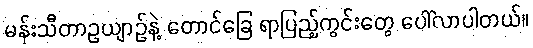
မန်းသီတာဥယျာဉ်နဲ့ တောင်ခြေ ရာပြည့်ကွင်းတွေ ပေါ်လာပါတယ်။